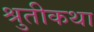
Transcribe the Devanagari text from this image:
श्रुतीकथा